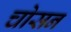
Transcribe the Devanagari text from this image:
चोसन